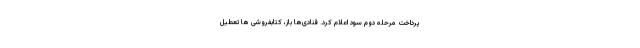
پرداخت مرحله دوم سود اعلام کرد. قنادی‌ها باز، کتابفروشی ‌ها تعطیل